65_HS1-834228961_62-HQ-83894_Section_7
Agency: FBI
Page 114
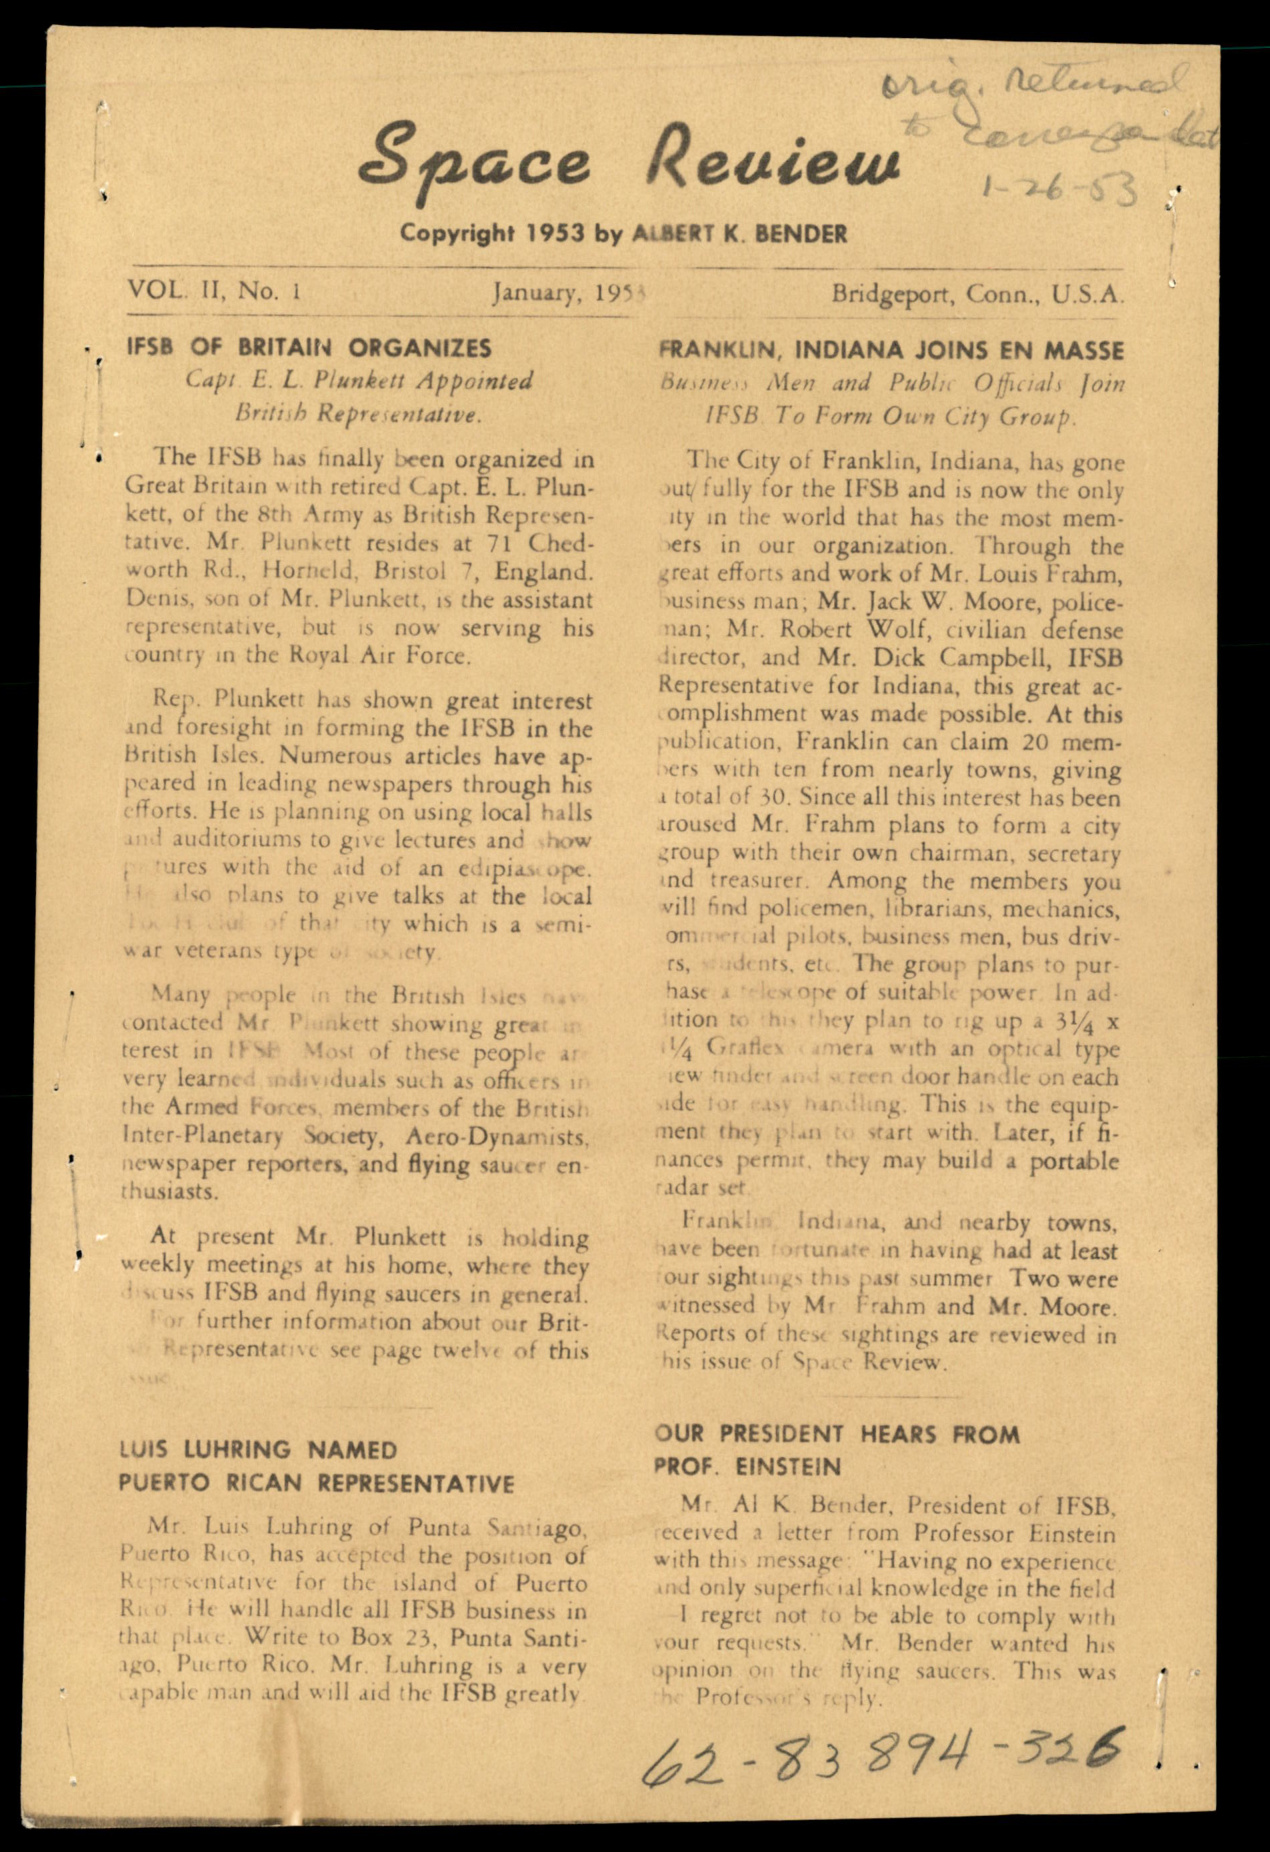